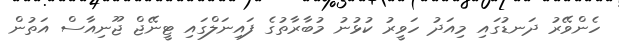
ހެންވޭރު ދަނޑުގައި މިއަދު ހަވީރު ކުޅުނު މުބާރާތުގެ ފައިނަލްގައި ޓީނޭޖް ޖޫނިއާސް އަތުން